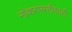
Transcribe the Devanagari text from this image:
नोकरभरतीसाठी